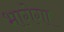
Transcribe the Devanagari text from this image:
भागेगा